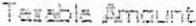
TAXABLE AMOUNT